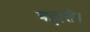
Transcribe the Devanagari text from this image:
बहाते।